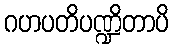
ဂဟပတိပဏ္ဍိတာပိ